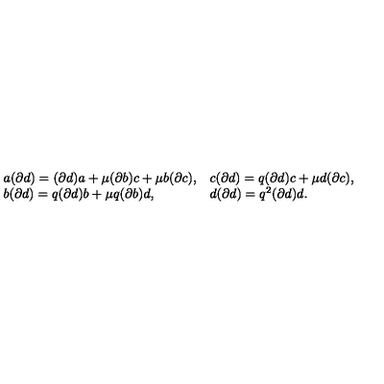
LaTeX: \begin{array} { l l } { a ( \partial d ) = ( \partial d ) a + \mu ( \partial b ) c + \mu b ( \partial c ) , } & { c ( \partial d ) = q ( \partial d ) c + \mu d ( \partial c ) , } \\ { b ( \partial d ) = q ( \partial d ) b + \mu q ( \partial b ) d , } & { d ( \partial d ) = q ^ { 2 } ( \partial d ) d . } \\ \end{array}